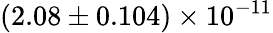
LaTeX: (2.08\pm 0.104)\times 10^{-11}